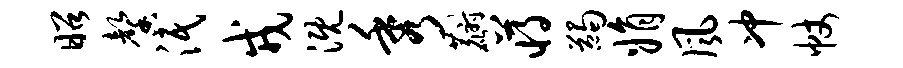
昭馨泯戎溉秀麝蒋蠲娟风冲帐